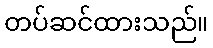
တပ်ဆင်ထားသည်။